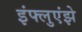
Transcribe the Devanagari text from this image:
इंफ्लुएंझे